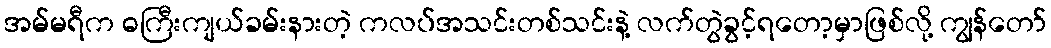
အမ်မရီက ဓကြီးကျယ်ခမ်းနားတဲ့ ကလပ်အသင်းတစ်သင်းနဲ့ လက်တွဲခွင့်ရတော့မှာဖြစ်လို့ ကျွန်တော်